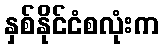
နှစ်နိုင်ငံစလုံးက